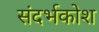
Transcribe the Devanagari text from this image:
संदर्भकोश